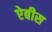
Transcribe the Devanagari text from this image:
ऐबीस